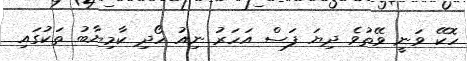
ހޮކޭ ވަނީ ވޭތުވެ ދިޔަ ފަސް އަހަރު ނިއު ހޯދި ކާމިޔާބު ތަކުގައި